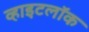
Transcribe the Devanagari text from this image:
व्हाइटलॉक